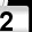
Digit: 2